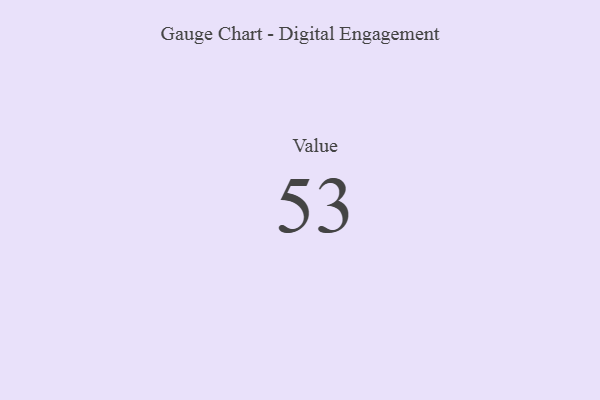
{"axis": {"x": "Metric", "y": "Value"}, "legend": [""], "data": [{"x": "Value", "y": 53, "type": ""}]}